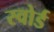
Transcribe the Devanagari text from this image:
स्‍वोर्ड